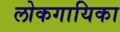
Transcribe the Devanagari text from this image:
लोकगायिका